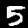
Digit: 5